Medical and sanitary report of the native army of Bengal for the year
Year: 1877
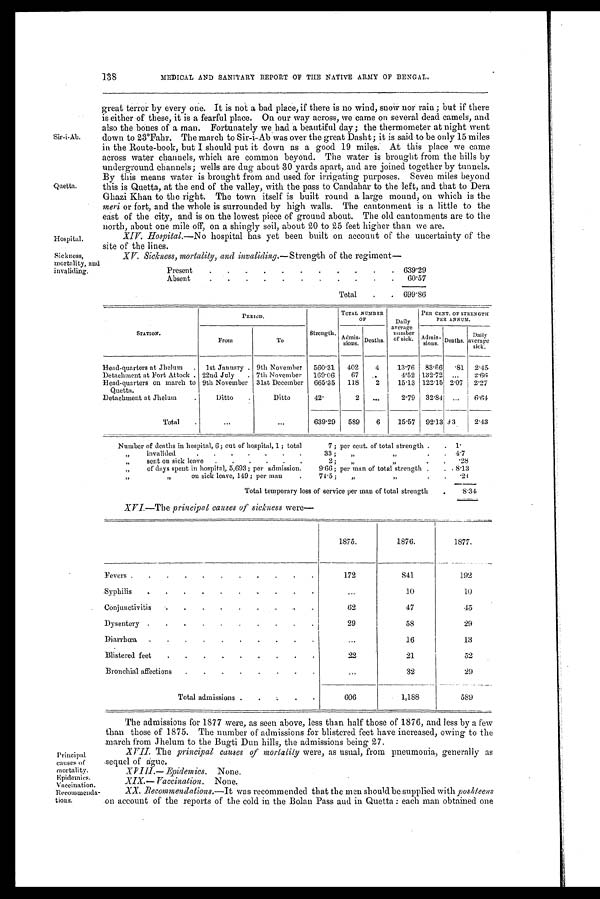
MEDICAL AND SANITARY REPORT OF THE NATIVE ARMY OF BENGAL.
Sir-i-Ab.
Quetta.
Hospital.
Sickness,
mortality, and
invaliding.
great terror by every one. It is not a bad place, if there is no wind, snow nor rain; but if there
is either of these, it is a fearful place. On our way across, we came on several dead camels, and
also the bones of a man. Fortunately we had a beautiful day; the thermometer at night went
down to 23°Fahr. The march to Sir-i-Ab was over the great Dasht; it is said to be only 15 miles
in the Route-book, but I should put it down as a good 19 miles. At this place we came
across water channels, which are common beyond. The water is brought from the hills by
underground channels; wells are dug about 30 yards apart, and are joined together by tunnels.
By this means water is brought from and used for irrigating purposes. Seven miles beyond
this is Quetta, at the end of the valley, with the pass to Candabar to the left, and that to Dera
Ghazi Khan to the right. The town itself is built round a large mound, on which is the
meri or fort, and the whole is surrounded by high walls. The cantonment is a little to the
east of the city, and is on the lowest piece of ground about. The old cantonments are to the
north, about one mile off, on a shingly soil, about 20 to 25 feet higher than we are.
XIV. Hospital.—No hospital has yet been built on account of the uncertainty of the
site of' the lines.
XV. Sickness, inortality, and invaliding.—Strength of the regiment
Present
.
.
.
.
.
.
.
.
.
.
. 639.29
Absent
.
.
.
.
.
.
.
.
.
.
.
60.57
Total
.
. 699.86
STATION.
PERIOD.
Strength.
TOTAL NUMBER
OF
Daily
average
number
or sick.
PER CENT. OF STRENGTH
PER ANNUM.
From
To
Admis-
sions.
Deaths.
Admis-
sions. Deaths.
Daily
averaie
sick.
Head-quarters at Jhelum
. 1st January . 9th November
560 ..31 402
4
13.76 83.66 .81 2.45
Detachment at Fort Attock . 22nd July
. 7th November
160.06
67
..
4.52 132.72 ...
2.66
Head-quarters on march to
Quetta.
9th November 31st December 665.35
118
2
15.13 122.15 2.07
2.27
Detachment at Jhelum
.
Ditto
.
Ditto
42.
2
...
2.79
32.84
...
6.64
Total
...
. . .
639.29
589
6
15.57
92.13
[ I L L ] 3
2.43
Number of deaths in hospital, 6; out of hospital, 1; total
7; per cent. of total strength .
. 1.
”
invalided
. .
.
.
.
.
.
33 ;
”
,,
•
. 4.7
”
sent on sick leave
.
.
.
.
.
.
2;
„
,, ,,.
.
.
.28
,,
of days spent in hospital, 5,693; per admission.
9.66; per man of total strength .
. . 8.13
,, ,,
on sick leave, 149; per man
.
745;
,,
,,
.
.
.24
Total temporary loss of service per man of total strength
,,
8.34
XVI.—The principal causes of sickness were
—
1875.
1876.
1877.
Fevers .
.
.
.
.
.
.
.
.
.
.
172
841
192
.Syphilis
.
.
.
.
.
.
.
.
.
.
...
10
10
Conjunctivitis
. .
.
.
.
.
.
.
.
62
47
45
Dysentery .
. .
.
.
.
.
.
.
.
29
58
29
Diarrhœa
.
.
.
.
.
•
•
•
•
.
....
16
13
Blistered feet
. .
.
.
.
. .
.
.
22
21
52
Bronchial affection
.
.
.
•
. •
•
•
. . .
.32
29
Total admissions .
. .
.
.
606
1,188
589
Principal
causes of
mortality.
Epidemics.
Vaccination.
Recommenda-
tions.
The admissions for 1877 were, as seen above, less than half those of 1876, and less by a few
than those of 1875. The number of admissions for blistered feet have increased, owing to the
march from Jhelum to the Bugti Dun hills, the admissions being 27.
XVII. The principal causes of morlalily were, as usual, from pneumonia, generally as
sequel of ague.
XVIII.— Epidemics. None.
XIX.—Vaccination. None.
XX. Recommendations.—It was recommended that the in men sbould be supplied with poshteens
on account of the reports of the cold in the Bolan Pass and in Quetta: each man obtained one